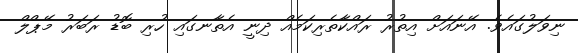
ނިވަލުގައެވެ. އޭނައަށް އިތުރު ރައްކާތެރިކަމެއް ދިނީ އެތާނގައި ހުރި ބޮޑު ރަބަރު މޭޕްލް